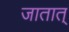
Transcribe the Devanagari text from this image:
जातात्